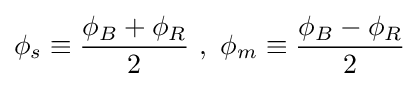
\phi _{s}\equiv {\frac {\phi _{B}+\phi _{R}}{2}}{\text{     }},{\text{     }}\phi _{m}\equiv {\frac {\phi _{B}-\phi _{R}}{2}}